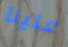
علينا